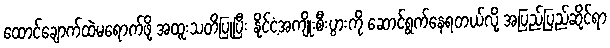
ထောင်ချောက်ထဲမရောက်ဖို့ အထူးသတိပြုပြီး နိုင်ငံ့အကျိုးစီးပွားကို ဆောင်ရွက်နေရတယ်လို့ အပြည်ပြည်ဆိုင်ရာ